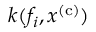
k ( f _ { i } , x ^ { \mathrm { ( c ) } } )